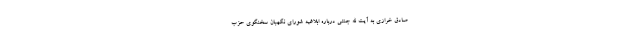
صادق خرازی به آیت الله جنتی درباره ابلاغیه شورای نگهبان سخنگوی حزب